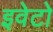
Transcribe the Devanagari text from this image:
इवेटो